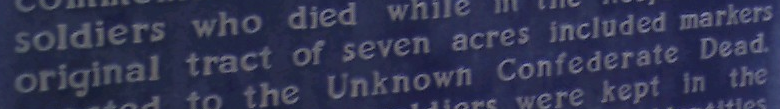
original tract of seven acres included markers